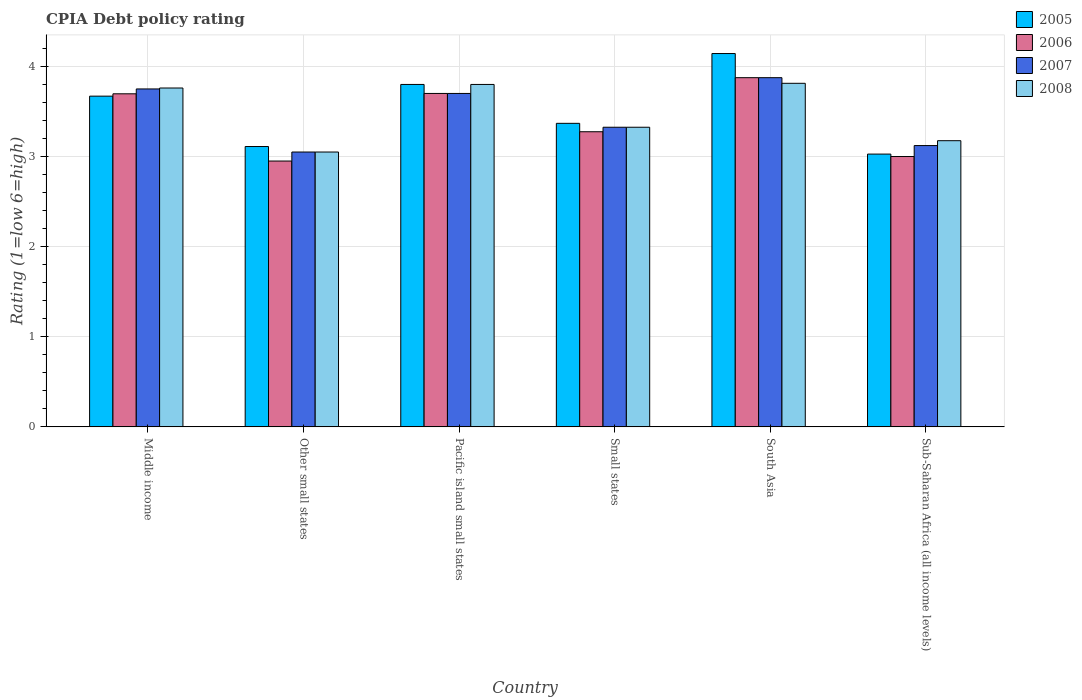
| Country | 2005 | 2006 | 2007 | 2008 |
 | --- | --- | --- | --- | --- |
 | Middle income | 3.67 | 3.7 | 3.75 | 3.76 |
 | Other small states | 3.11 | 2.95 | 3.05 | 3.05 |
 | Pacific island small states | 3.8 | 3.7 | 3.7 | 3.8 |
 | Small states | 3.37 | 3.27 | 3.33 | 3.33 |
 | South Asia | 4.14 | 3.88 | 3.88 | 3.81 |
 | Sub-Saharan Africa (all income levels) | 3.03 | 3 | 3.12 | 3.18 |